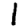
Digit: 1